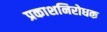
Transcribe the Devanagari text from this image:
प्रकाशनिरोधक